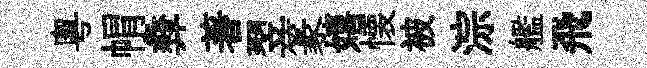
粤㡌彜著翌篆嬉懐被淙艦飛